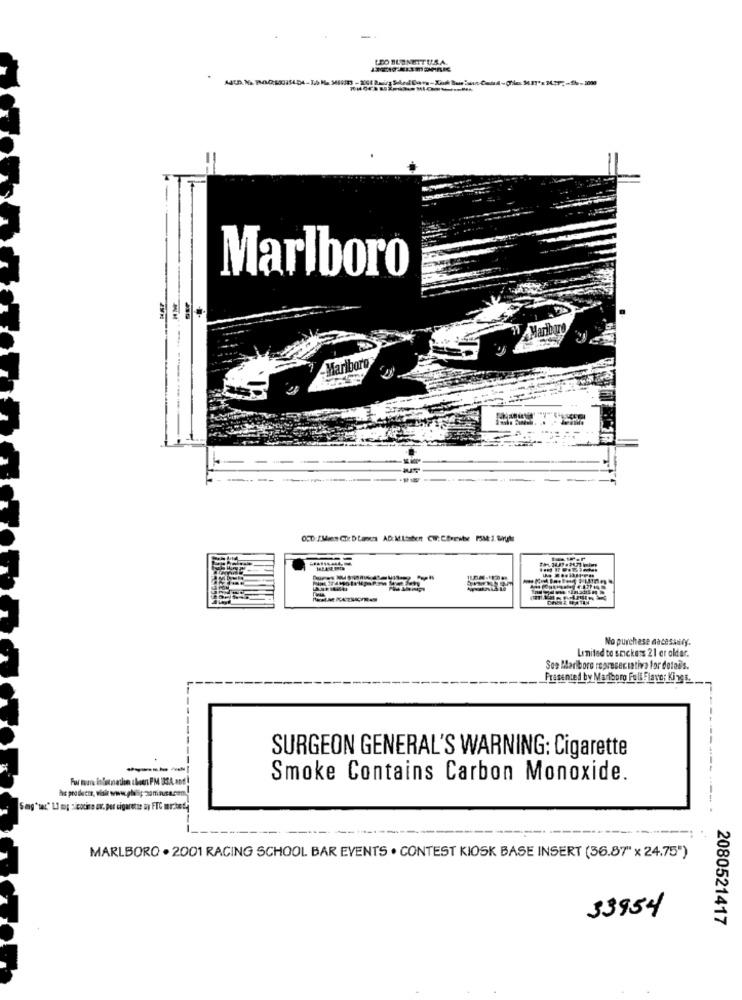
Marlboro
1Mariburo
Marlboro
-- ---------
1.
No purchase nacessary.
Limited to snickers 21 er oldar.
Sos Marlboro represeciativa for details.
Presented by Marlboro Foll Flavor Ki n9 5.
SURGEON GENERAL'S WARNING: Cigarette
Smoke Contains Carbon Monoxide.
Seg"se" LI mu zicotine ov, per cigaretse ay FTC muchotj
MARLBORO . 2001 RACING SCHOOL BAR EVENTS . CONTEST KIOSK BASE INSERT (36.87"x 24.75")
33954
2080521417